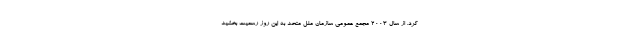
کرد. از سال ۲۰۰۳ مجمع عمومی سازمان ملل متحد به این روز رسمیت بخشید